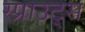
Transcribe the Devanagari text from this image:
स्प्राउट्स